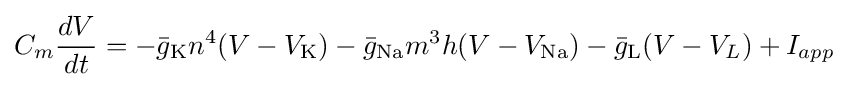
C_{m}{\frac {dV}{dt}}=-{\bar {g}}_{\text{K}}n^{4}(V-V_{\text{K}})-{\bar {g}}_{\text{Na}}m^{3}h(V-V_{\text{Na}})-{\bar {g}}_{\text{L}}(V-V_{L})+I_{app}